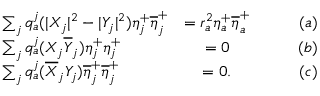
\begin{array} { l c r } { { \sum _ { j } q _ { a } ^ { j } ( | X _ { j } | ^ { 2 } - | Y _ { j } | ^ { 2 } ) \eta _ { j } ^ { + } \overline { { { \eta } } } _ { j } ^ { + } } } & { { = r _ { a } ^ { 2 } \eta _ { a } ^ { + } \overline { { { \eta } } } _ { a } ^ { + } \qquad } } & { { ( a ) } } \\ { { \sum _ { j } q _ { a } ^ { j } ( X _ { j } \overline { { { Y } } } _ { j } ) \eta _ { j } ^ { + } { \eta } _ { j } ^ { + } } } & { { = 0 \qquad } } & { { ( b ) } } \\ { { \sum _ { j } q _ { a } ^ { j } ( \overline { { { X } } } _ { j } { Y _ { j } } ) \overline { { { \eta } } } _ { j } ^ { + } \overline { { { \eta } } } _ { j } ^ { + } } } & { { = 0 . \qquad } } & { { ( c ) } } \end{array}